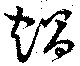
蝸